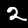
Label: 2